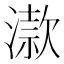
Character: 𣽟